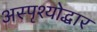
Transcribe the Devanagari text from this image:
अस्पृश्योद्धार